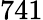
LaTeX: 741